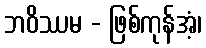
ဘဝိဿမ - ဖြစ်ကုန်အံ့၊